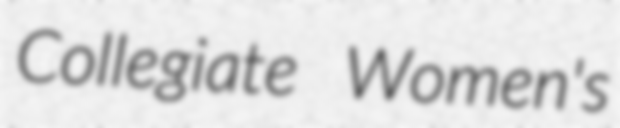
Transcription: Collegiate Women's